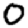
Digit: 0